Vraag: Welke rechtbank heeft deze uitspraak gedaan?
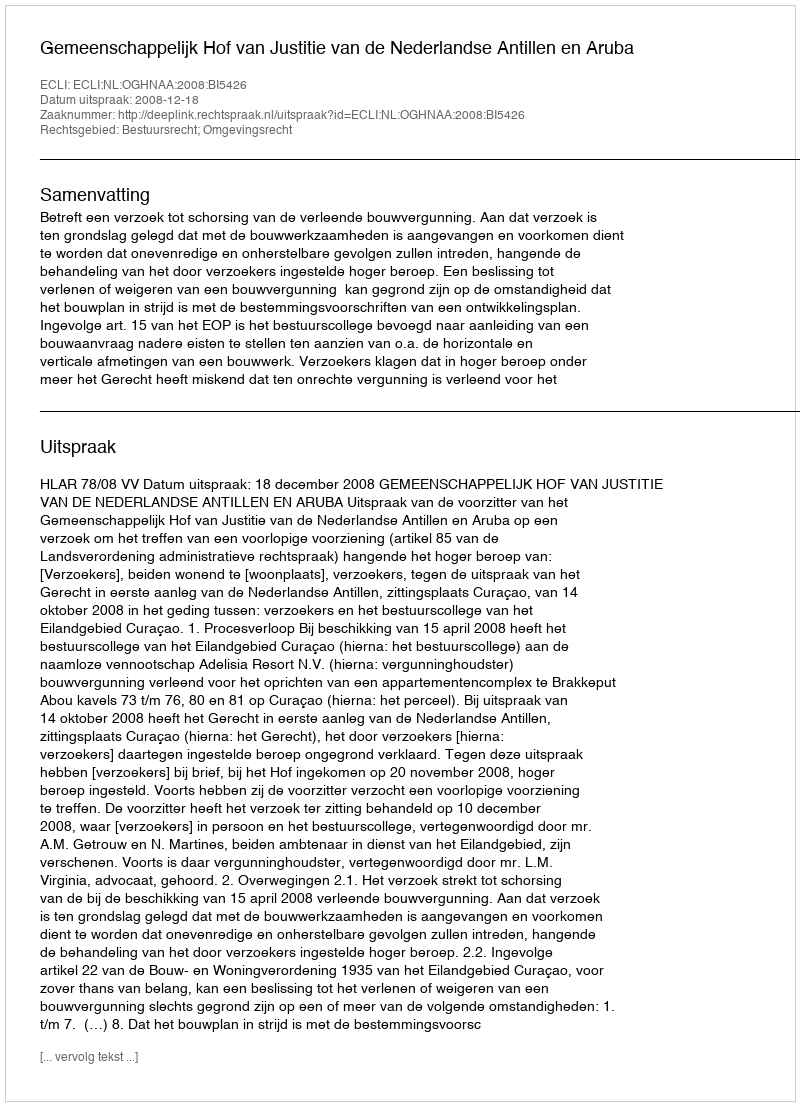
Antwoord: Gemeenschappelijk Hof van Justitie van de Nederlandse Antillen en Aruba